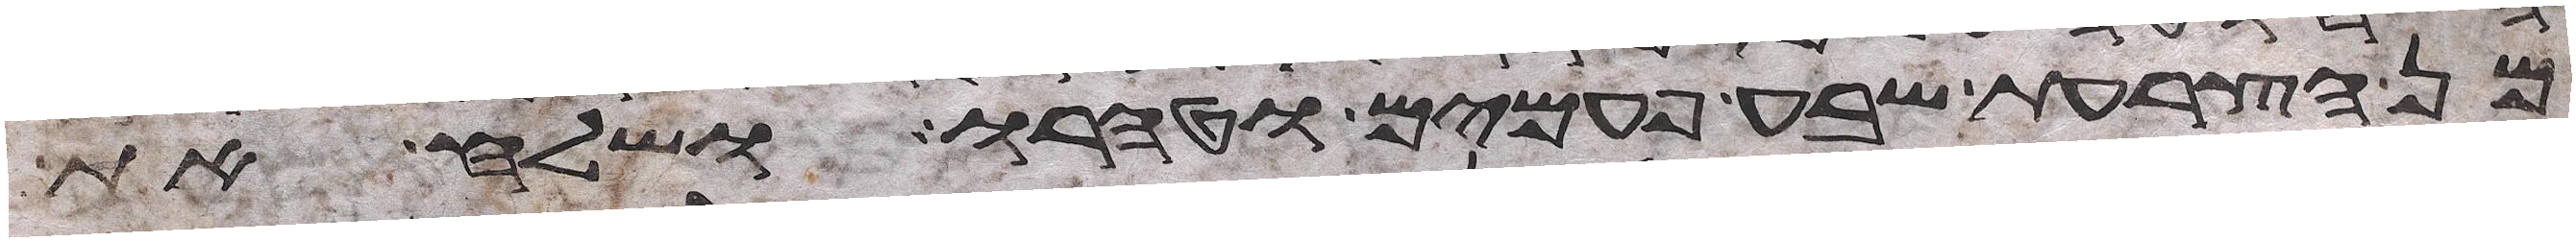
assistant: מן הצרעת שבע פעמים וטהרו ושלח את